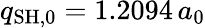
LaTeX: q_{\mathrm{SH},0}=1.2094\, a_{0}